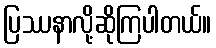
ပြဿနာလို့ဆိုကြပါတယ်။